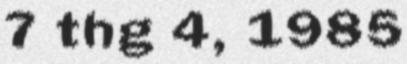
7 thg 4, 1985